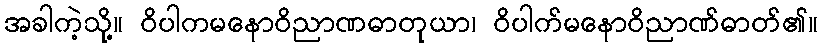
အခါကဲ့သို့။ ဝိပါကမနောဝိညာဏဓာတုယာ၊ ဝိပါက်မနောဝိညာဏ်ဓာတ်၏။